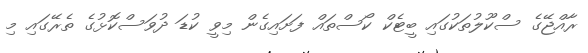
ރާއްޖޭގެ ސްކޫލުތަކުގައި ބީޓެކް ކޯސްތައް ފަށައިގެން މިވީ ކުޑަ ދުވަސްކޮޅުގެ ތެރޭގައި މި